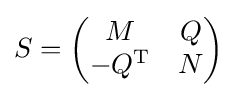
S={\begin{pmatrix}M&Q\\-Q^{\mathrm {T} }&N\end{pmatrix}}